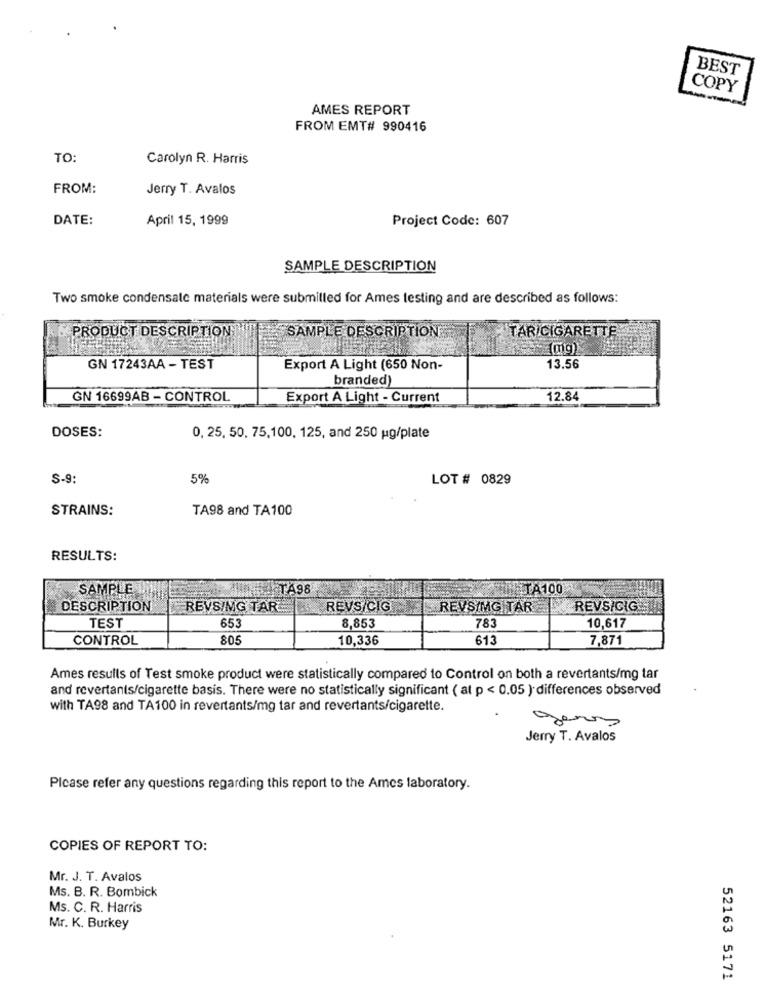
BEST
COPY
AMES REPORT
FROM EMT# 990416
TO:
Carolyn R. Harris
FROM:
Jerry T. Avalos
DATE:
April 15, 1999
Project Code: 607
SAMPLE DESCRIPTION
Two smoke condensate materials were submilled for Ames testing and are described as follows:
PRODUCT DESCRIPTION
SAMPLE DESCRIPTION
TARICIGARETTE
(mg)
GN 17243AA - TEST
Export A Light (650 Non-
13.56
branded)
GN 16699AB - CONTROL
Export A Light - Current
12.84
DOSES:
0, 25, 50, 75,100, 125, and 250 ug/plate
S-9:
5%
LOT # 0829
STRAINS:
TA98 and TA100
RESULTS:
TA98
TA100
SAMPLE OU
DESCRIPTION
REVSIMG TARE
REVS CIG
REVSIMG TAR
REVSIGIG
653
783
TEST
8,853
10,617
CONTROL
805
10,336
613
7,871
Ames results of Test smoke product were statistically compared to Control on both a revertants/mg tar
and revertants/cigarette basis. There were no statistically significant ( at p < 0.05 ) differences observed
with TA98 and TA100 in revertants/mg tar and revertants/cigarette.
gers
Jerry T. Avalos
Please refer any questions regarding this report to the Ames laboratory.
COPIES OF REPORT TO:
Mr. J. T. Avalos
Ms. B. R. Bombick
Ms. C. R. Harris
Mr. K. Burkey
52163 5171